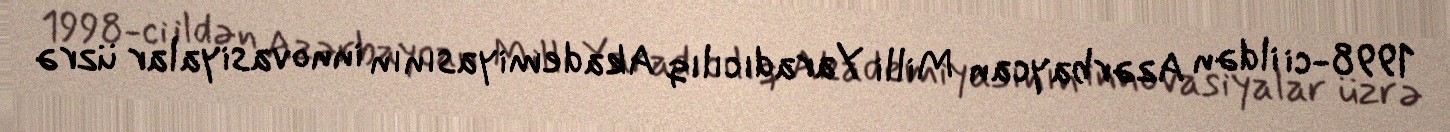
1998-ci ildən Azərbaycan Milli Yaradıcılıq Akademiyasının innovasiyalar üzrə